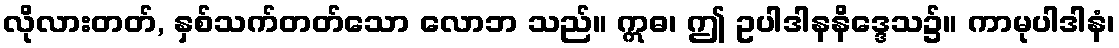
လိုလားတတ်, နှစ်သက်တတ်သော လောဘ သည်။ ဣဓ၊ ဤ ဥပါဒါနနိဒ္ဒေသ၌။ ကာမုပါဒါနံ၊